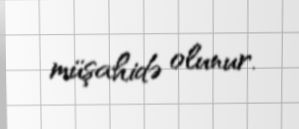
müşahidə olunur.